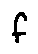
f